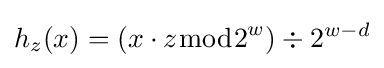
h_{z}(x)=(x\cdot z{\bmod {2}}^{w})\div 2^{w-d}